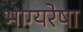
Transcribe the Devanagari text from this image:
भाग्यरेषा